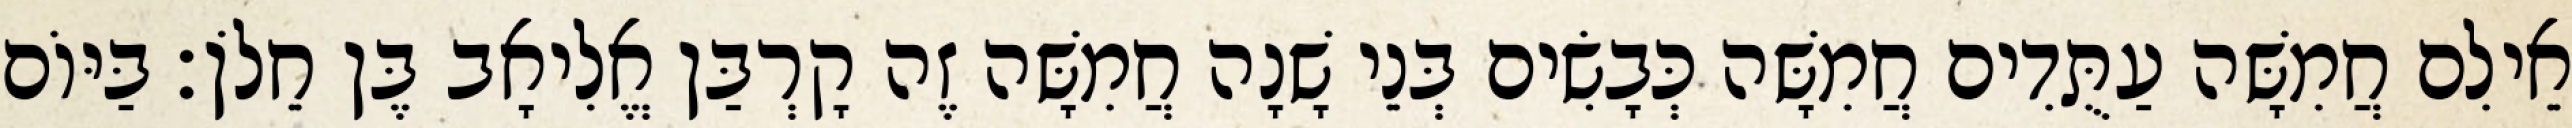
אֵילִם חֲמִשָּׁה עַתֻּדִים חֲמִשָּׁה כְּבָשִׂים בְּנֵי שָׁנָה חֲמִשָּׁה זֶה קָרְבַּן אֱלִיאָב בֶּן חֵלֹן׃ בַּיּוֹם